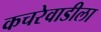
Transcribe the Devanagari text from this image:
कचरेवाडीला